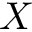
X